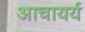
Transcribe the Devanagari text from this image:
आचायर्य